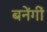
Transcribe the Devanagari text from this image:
बनेंगीं